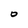
Character: O